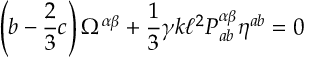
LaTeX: \left( b - \frac { 2 } { 3 } c \right) \Omega ^ { \alpha \beta } + \frac { 1 } { 3 } \gamma k \ell ^ { 2 } P _ { a b } ^ { \alpha \beta } \eta ^ { a b } = 0